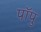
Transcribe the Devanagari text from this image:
पॉपु